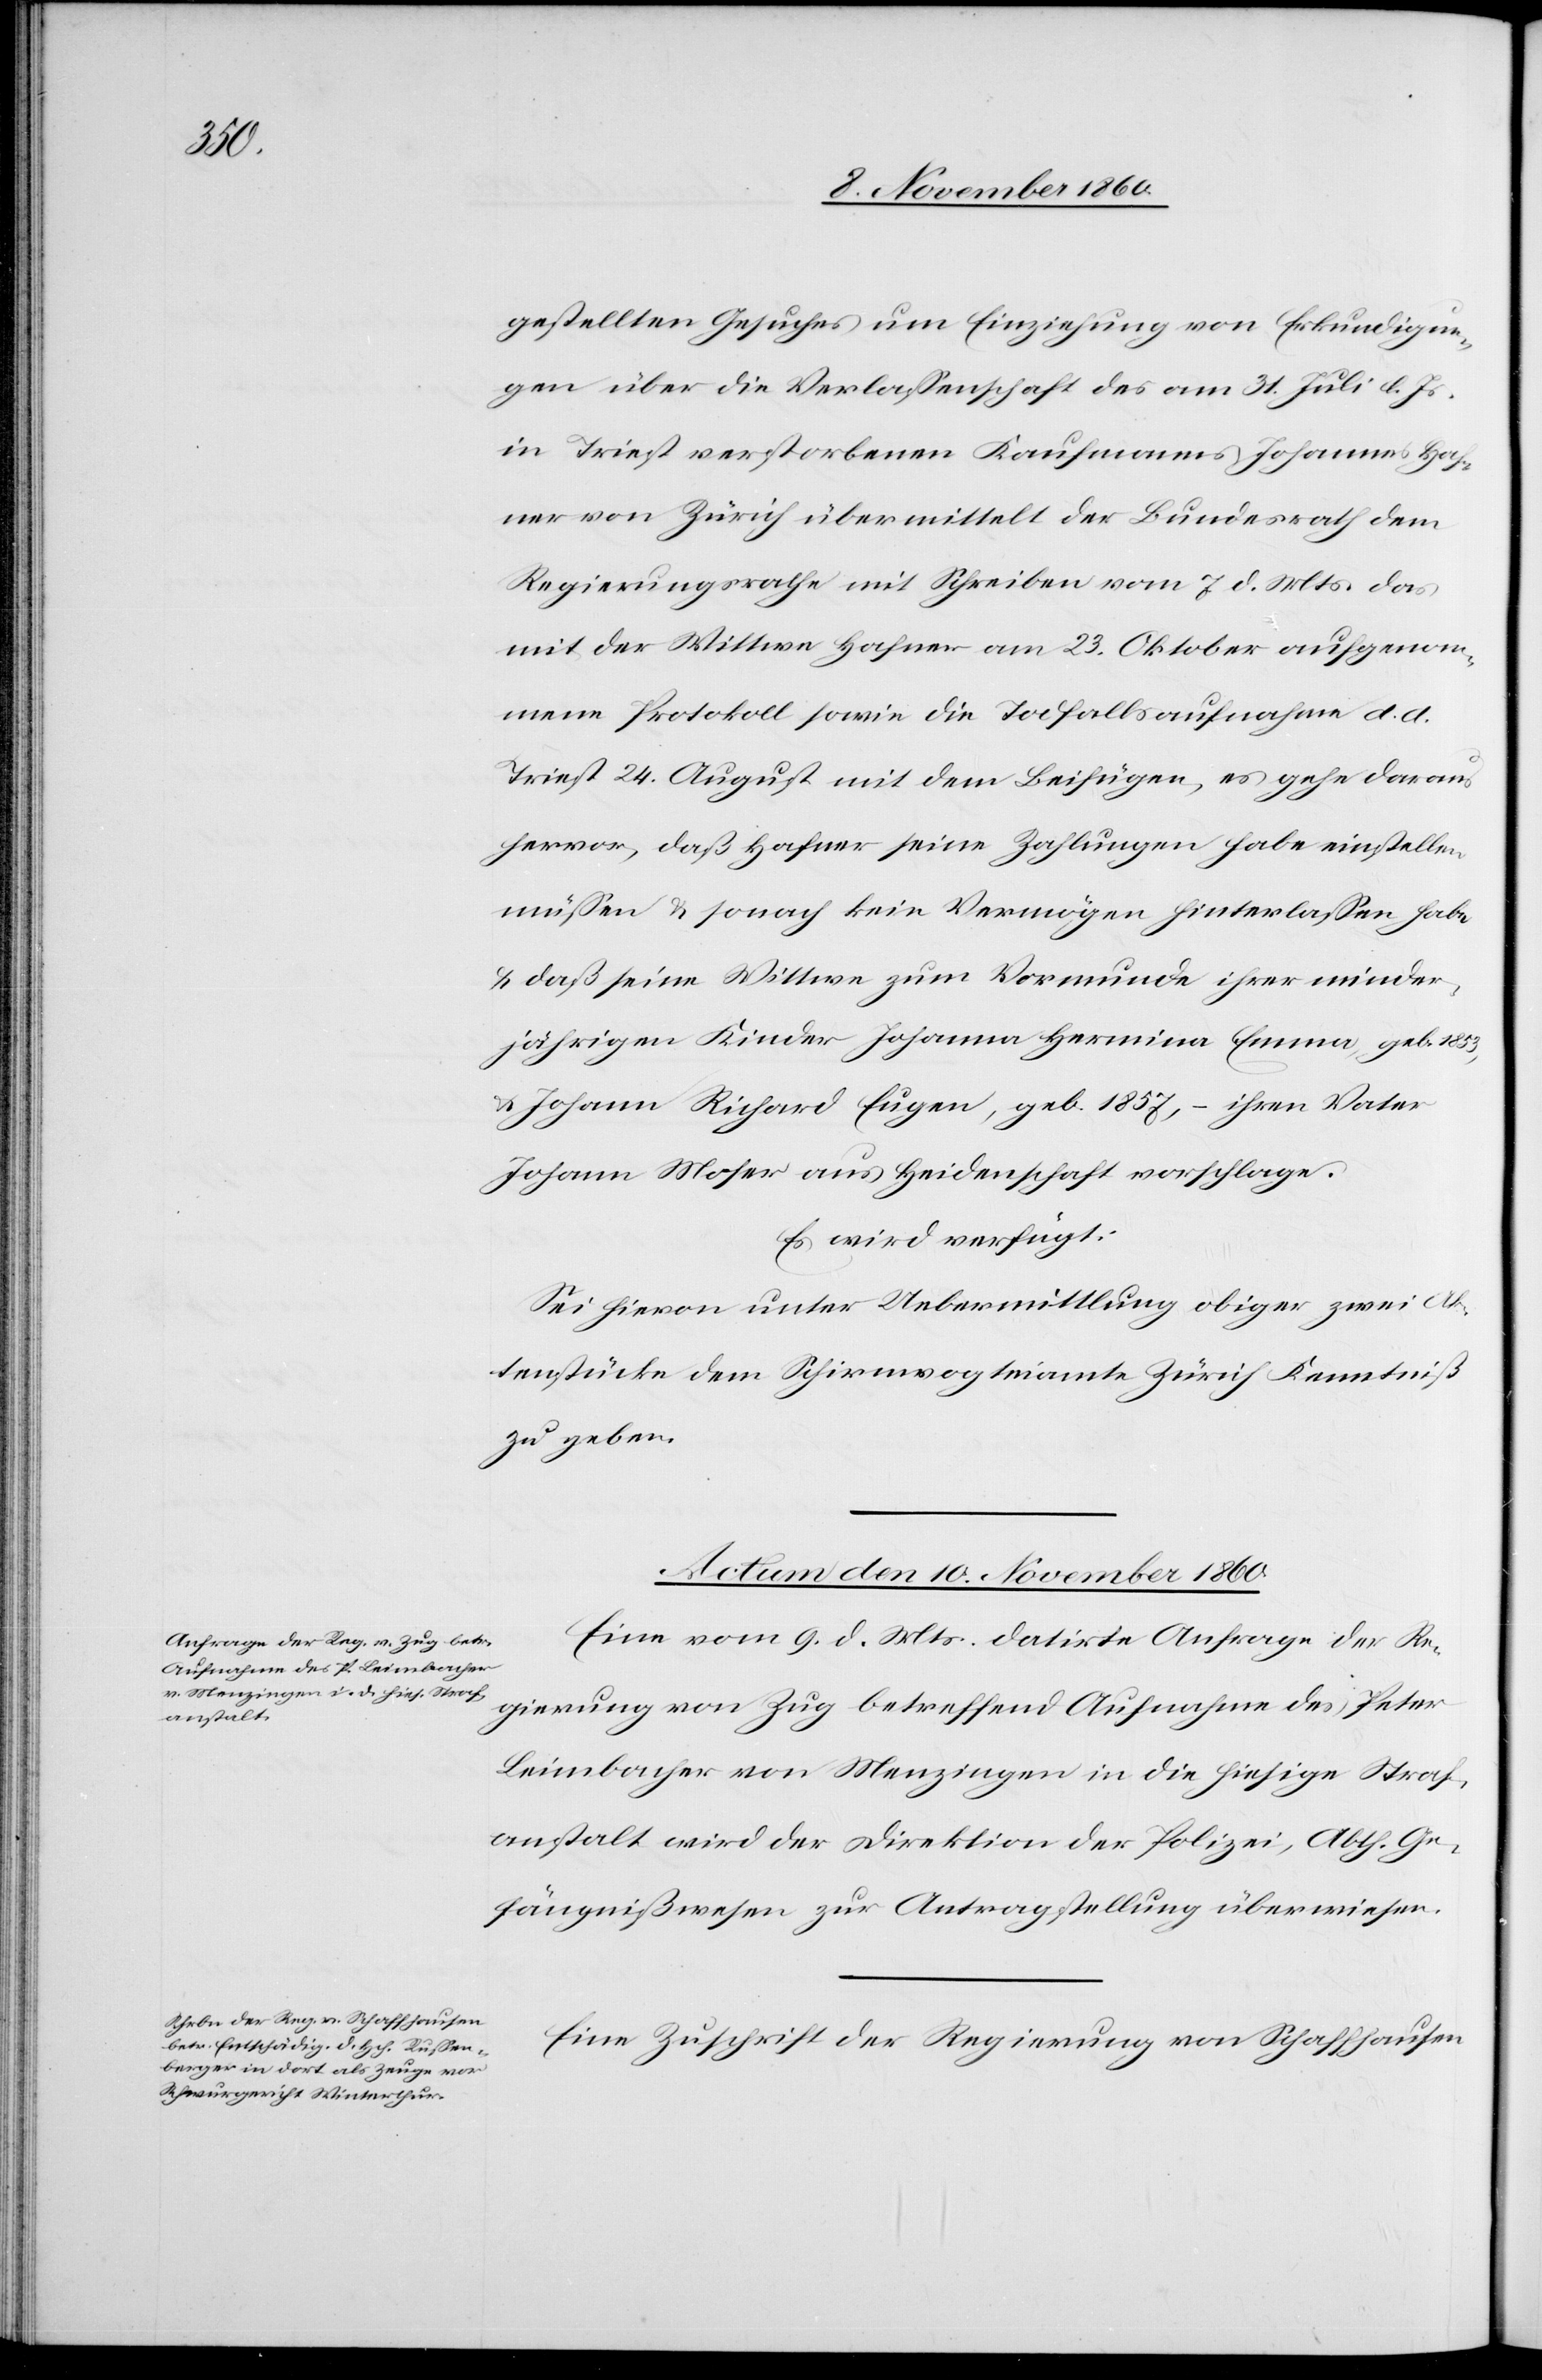
gestellten Gesuches um Einziehung von Erkundigun¬
gen über die Verlassenschaft des am 31. Juli l. Js.
in Triest verstorbenen Kaufmanns Johannes Haf¬
ner von Zürich übermittelt der Bundesrath dem
Regierungsrathe mit Schreiben vom 7. d. Mts. das
mit der Witte Hafner am 23. Oktober aufgenom¬
mene Protokoll sowie die Todfallsaufnahme d. d.
Triest 24. August mit dem Beifügen, es gehe daraus
hervor, daß Hafner seine Zahlungen habe einstellen
müssen u. sonach kein Vermögen hinterlassen habe
u. daß seine Wittwe zum Vormunde ihrer minder¬
jährigen Kinder Johanna Hermina Emma, geb. 1853,
u. Johann Richart Eugen, geb. 1857, – ihren Vater
Johann Moser aus Heidenschaft vorschlage.
Es wird verfügt:
Aktenstücke dem Schirmvogteiamte Zürich Kenntniß
zu geben.
Actum den 10. November 1860.]
Eine vom 9. d. Mts. datirte Anfrage der Re¬
gierung von Zug betreffend Aufnahme des Peter
Leimbacher von Menzingen in die hiesige Straf¬
anstalt wird der Direktion der Polizei, Abth. Ge¬
fängnißwesen zur Antragstellung überwiesen.
Eine Zuschrift der Regierung von Schaffhausen